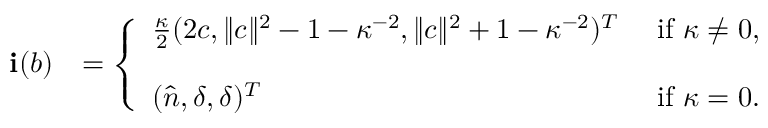
\begin{array} { r l } { \mathbf i ( b ) } & { = \left\lbrace \begin{array} { l l l } { \frac \kappa 2 ( 2 c , \| c \| ^ { 2 } - 1 - \kappa ^ { - 2 } , \| c \| ^ { 2 } + 1 - \kappa ^ { - 2 } ) ^ { T } } & { \mathrm { ~ i f ~ } \kappa \not = 0 , } \\ { \quad } \\ { ( \widehat n , \delta , \delta ) ^ { T } } & { \mathrm { ~ i f ~ } \kappa = 0 . } \end{array} \right. } \end{array}